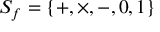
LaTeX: S _ { f } = \{ + , \times , - , 0 , 1 \}